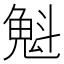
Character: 𫿶